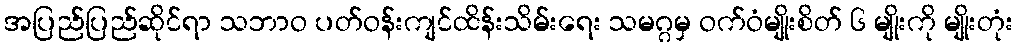
အပြည်ပြည်ဆိုင်ရာ သဘာဝ ပတ်ဝန်းကျင်ထိန်းသိမ်းရေး သမဂ္ဂမှ ဝက်ဝံမျိုးစိတ် ၆ မျိုးကို မျိုးတုံး